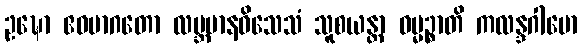
ဥဍ္ဎော ဧဝမာဂတော လဗ္ဘမာနဝိသေသံ သူစယန္တာ ဓမ္မဉ္စာတိ ကလန္ဒဂါမော